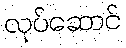
လုပ်ဆောင်